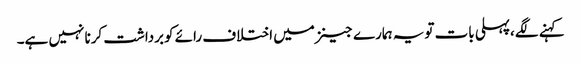
کہنے لگے،پہلی بات تویہ ہمارے جینزمیں اختلاف رائے کوبرداشت کرنا نہیں ہے۔